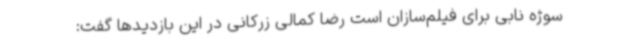
سوژه نابی برای فیلم‌سازان است رضا کمالی زرکانی در این بازدیدها گفت: